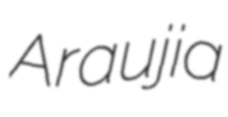
Araujia